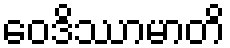
ဝေဒိဿာမာတိ